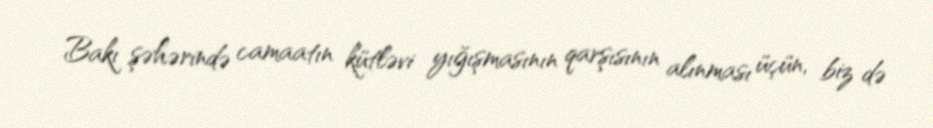
Bakı şəhərində camaatın kütləvi yığışmasının qarşısının alınması üçün, biz də